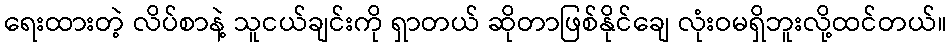
ရေးထားတဲ့ လိပ်စာနဲ့ သူငယ်ချင်းကို ရှာတယ် ဆိုတာဖြစ်နိုင်ချေ လုံးဝမရှိဘူးလို့ထင်တယ်။